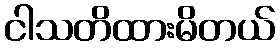
ငါသတိထားမိတယ်